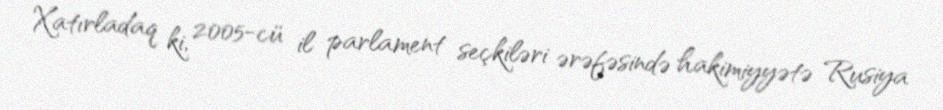
Xatırladaq ki, 2005-cü il parlament seçkiləri ərəfəsində hakimiyyətə Rusiya